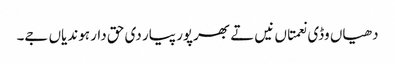
دھیاں وڈی نعمتاں نیں تے بھرپور پیار دی حق دار ہوندیاں جے۔